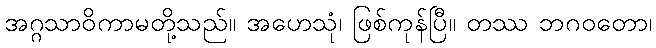
အဂ္ဂသာဝိကာမတို့သည်။ အဟေသုံ၊ ဖြစ်ကုန်ပြီ။ တဿ ဘဂဝတော၊